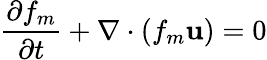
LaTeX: \frac{\partial f_{m}}{\partial t}+\mathbf{\nabla}\cdot\left(f_{m}\mathbf{u}\right)=0